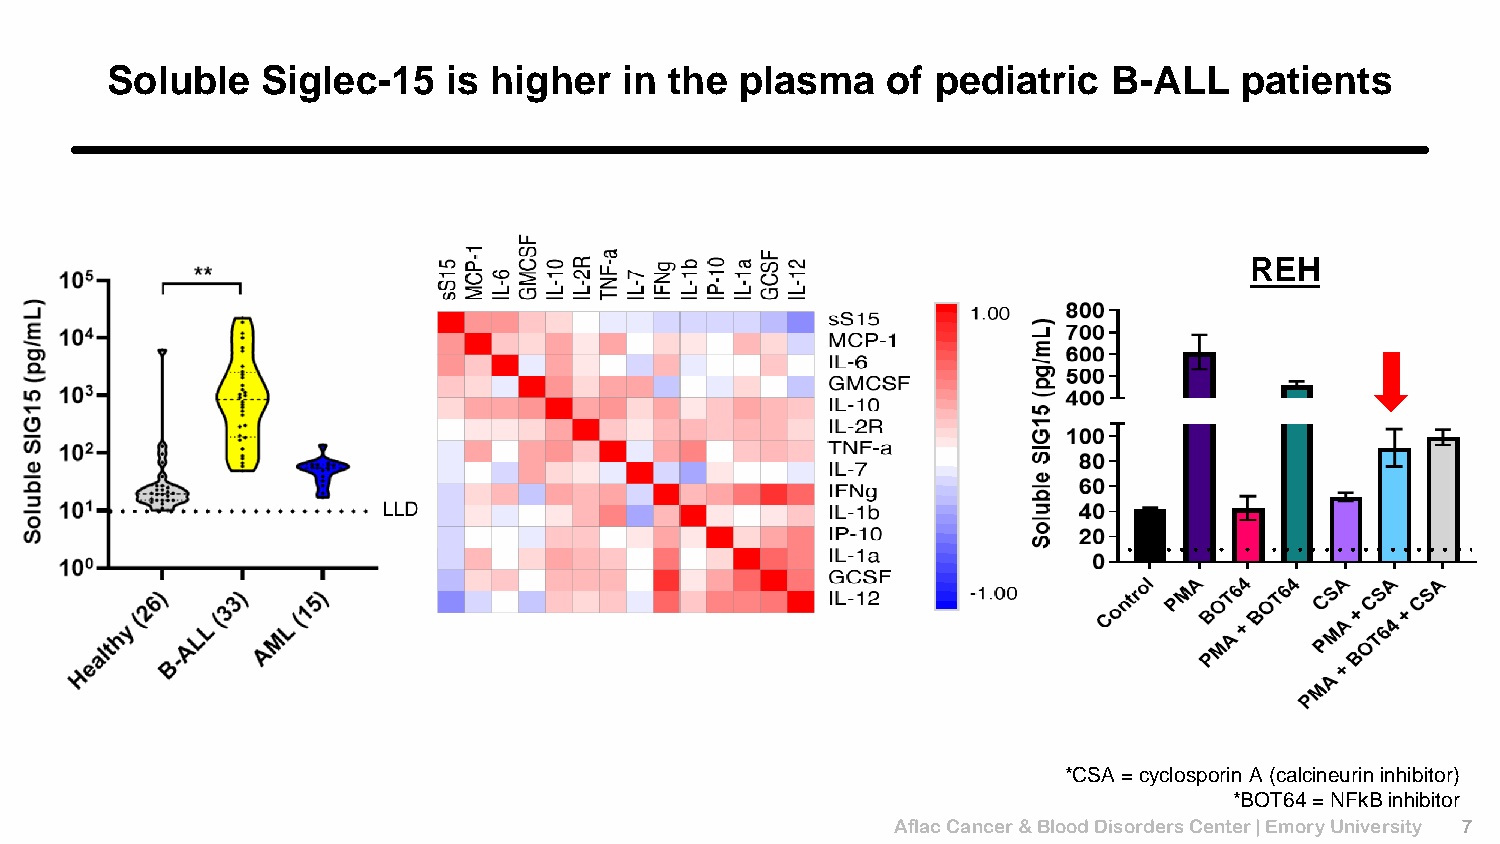
Soluble   Siglec-15    is higher  in the  plasma    of pediatric   B-ALL   patients
 REH
 *CSA = cyclosporin A (calcineurin inhibitor)
 *BOT64 = NFkBinhibitor
 Aflac Cancer & Blood Disorders Center | Emory University 7